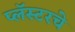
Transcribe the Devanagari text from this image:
प्लॅस्टरचे